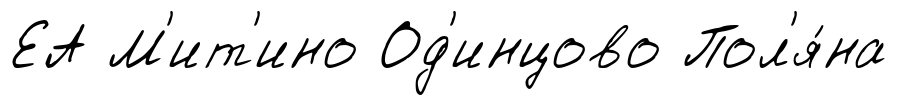
ЕА М'ит'ино Од'инцово Пол'я́на